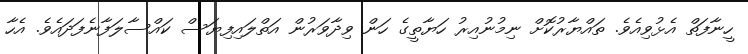
ހީނާފަތް އެޅުވިއެވެ. ތައްޔާރުކޮށް ނިމުނުއިރު ހަޔާތީގެ ހަން ވިދާވަރުން އަތްލައިފިޔަސް ކައްސާލަފާނެފަދައެވެ. އެހާ